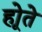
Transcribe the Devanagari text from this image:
होूते